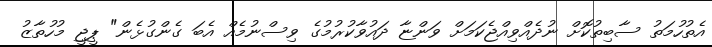
އެތުހުމަތު ސާބިތުކޮށް ނުދެއްވިއްޖެކަމަށް ވަންޏާ ދައުވާކުރުމުގެ ވިސްނުމެއް އެބަ ގެންގުޅެން" ޕީޖީ މުހުތާޒު